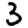
Digit: 3